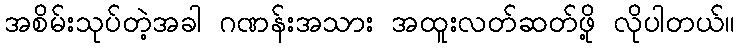
အစိမ်းသုပ်တဲ့အခါ ဂဏန်းအသား အထူးလတ်ဆတ်ဖို့ လိုပါတယ်။